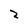
Character: z